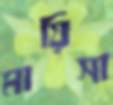
মায়িসা